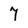
Character: 7